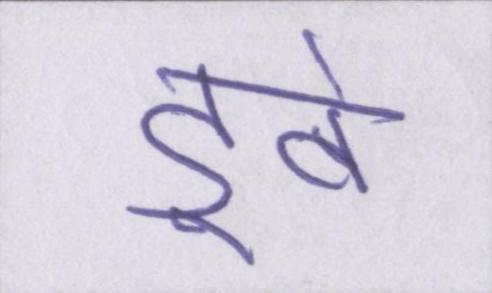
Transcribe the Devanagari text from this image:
डूबे